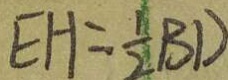
E H = \frac { 1 } { 2 } B D